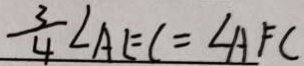
\frac { 3 } { 4 } \angle A E C = \angle A F C